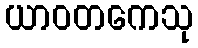
ယာဝတကေသု